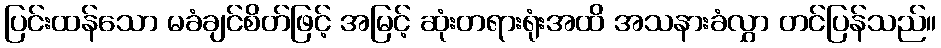
ပြင်းထန်သော မခံချင်စိတ်ဖြင့် အမြင့် ဆုံးတရားရုံးအထိ အသနားခံလွှာ တင်ပြန်သည်။